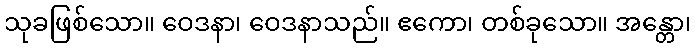
သုခဖြစ်သော။ ဝေဒနာ၊ ဝေဒနာသည်။ ဧကော၊ တစ်ခုသော။ အန္တော၊